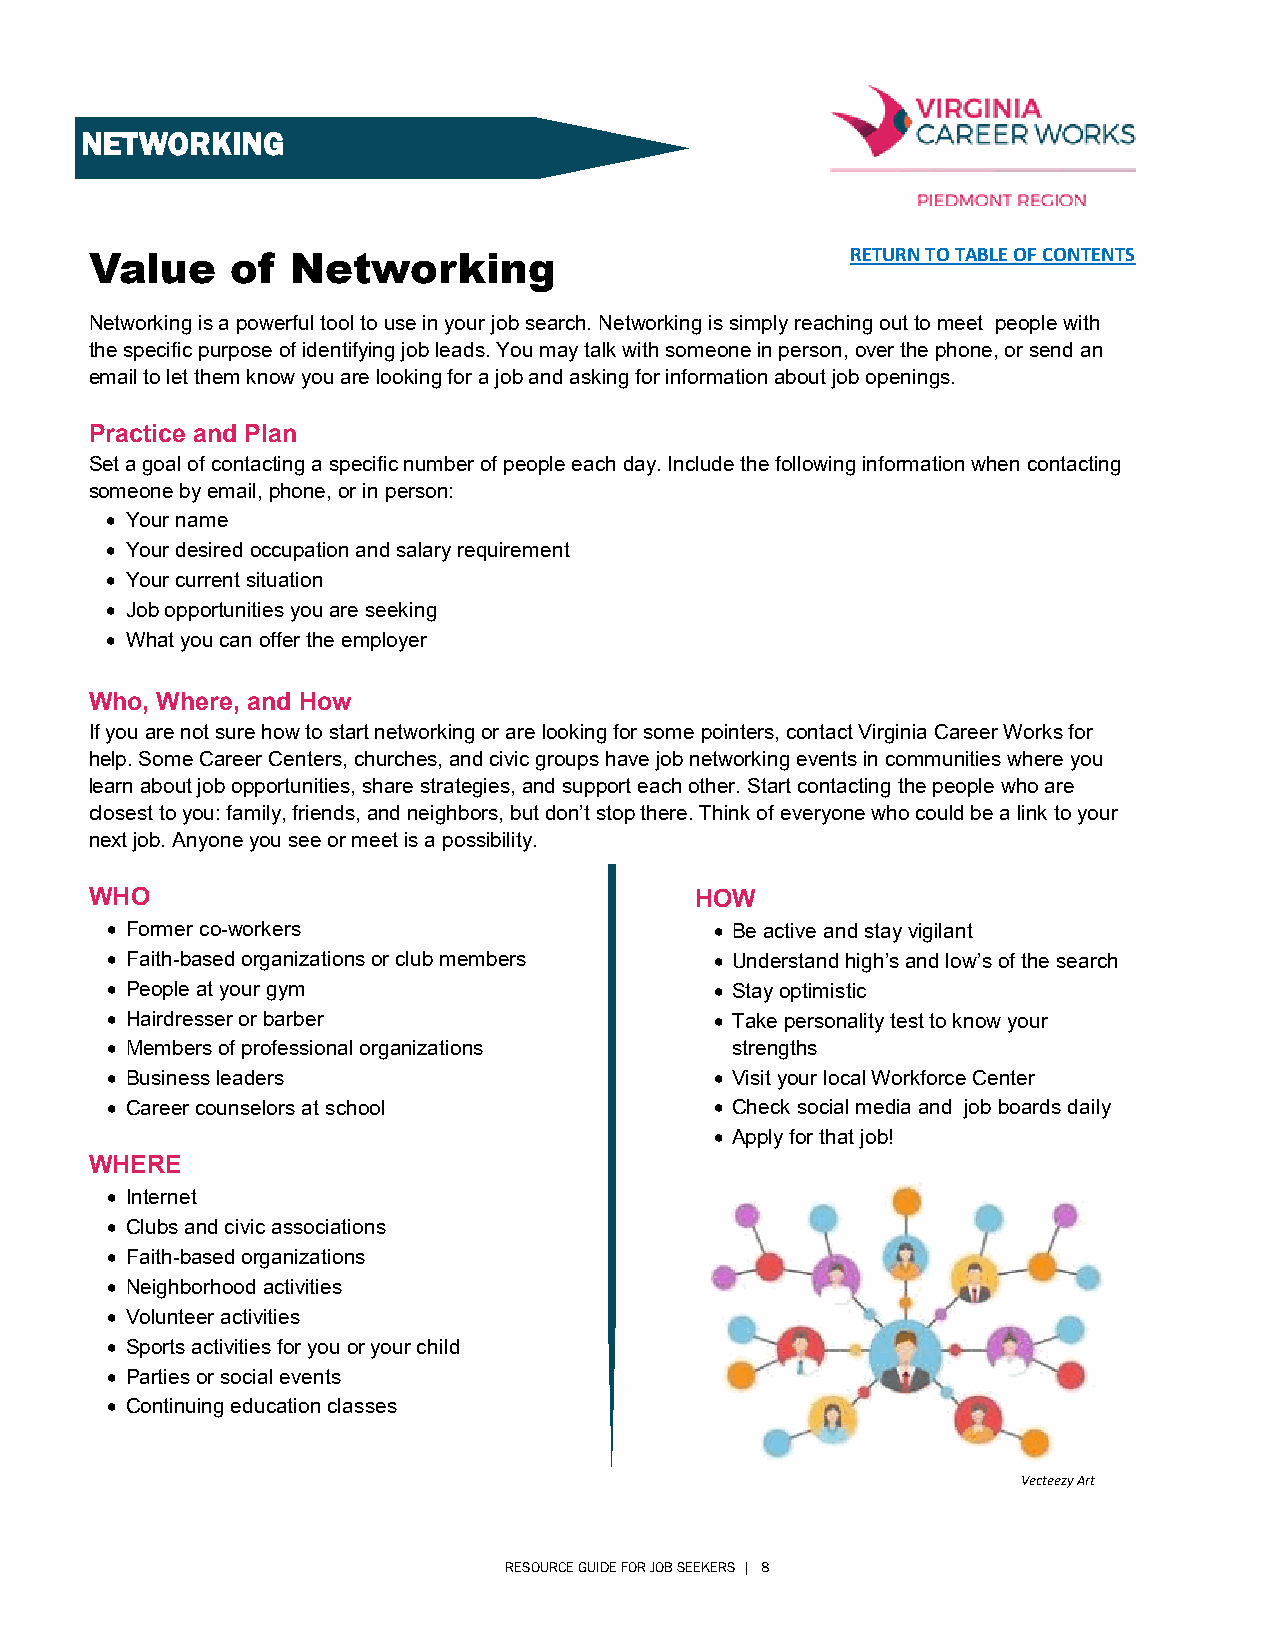
NETWORKING
 Value    of  Networking                           RETURN TO TABLE OF CONTENTS
 Networking is a powerful tool to use in your job search. Networking is simply reaching out to meet people with
 the specific purpose of identifying job leads. You may talk with someone in person, over the phone, or send an
 email to let them know you are looking for a job and asking for information about job openings.
 Practice and Plan
 Set a goal of contacting a specific number of people each day. Include the following information when contacting
 someone by email, phone, or in person:
  Your name
  Your desired occupation and salary requirement
  Your current situation
  Job opportunities you are seeking
  What you can offer the employer
 Who, Where, and How
 If you are not sure how to start networking or are looking for some pointers, contact Virginia Career Works for
 help. Some Career Centers, churches, and civic groups have job networking events in communities where you
 learn about job opportunities, share strategies, and support each other. Start contacting the people who are
 closest to you: family, friends, and neighbors, but don’t stop there. Think of everyone who could be a link to your
 next job. Anyone you see or meet is a possibility.
 WHO                                     HOW
  Former co-workers                      Be active and stay vigilant
  Faith-based organizations or club members  Understand high’s and low’s of the search
  People at your gym                     Stay optimistic
  Hairdresser or barber                  Take personality test to know your
  Members of professional organizations  strengths
  Business leaders                       Visit your local Workforce Center
  Career counselors at school            Check social media and job boards daily
  Apply for that job!
 WHERE
  Internet
  Clubs and civic associations
  Faith-based organizations
  Neighborhood activities
  Volunteer activities
  Sports activities for you or your child
  Parties or social events
  Continuing education classes
 Vecteezy Art
 RESOURCE GUIDE FOR JOB SEEKERS | 8